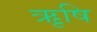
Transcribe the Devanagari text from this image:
ऋृषि